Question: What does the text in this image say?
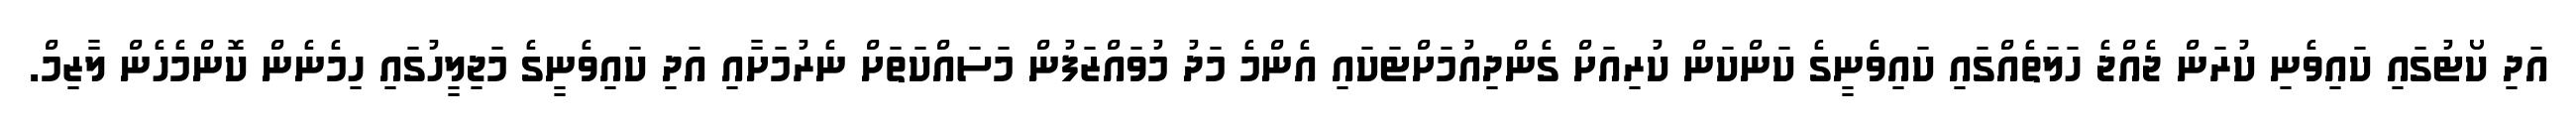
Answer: އަދި ކޯޓުގައި ކައިވެނި ކުރަން ޖެއްޖެ ހަލަތެއްގައި ކައިވެނީގެ ކަންކަން ކުރިއަށް ގެންދިއުމަށްޓަކައި އެންމެ މަދު މުވައްޒަފުން މަސައްކަތަށް ނެރުމަށާއި އަދި ކައިވެނީގެ މަޖިލީހުގައި ހިމެނެން ކޮންމެހެން ލާޒިމް.